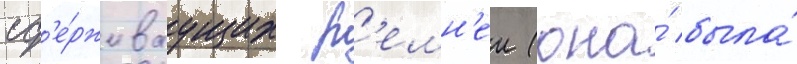
сд'е́рживаущих р'емн'еи (она́ была́